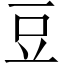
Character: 豆